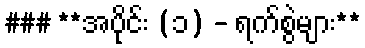
### **အပိုင်း (၁) - ရက်စွဲများ**